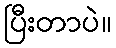
ပြီးတာပဲ။